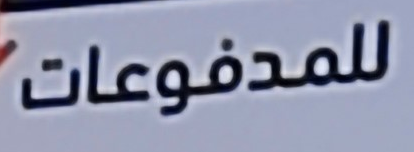
للمدفوعات